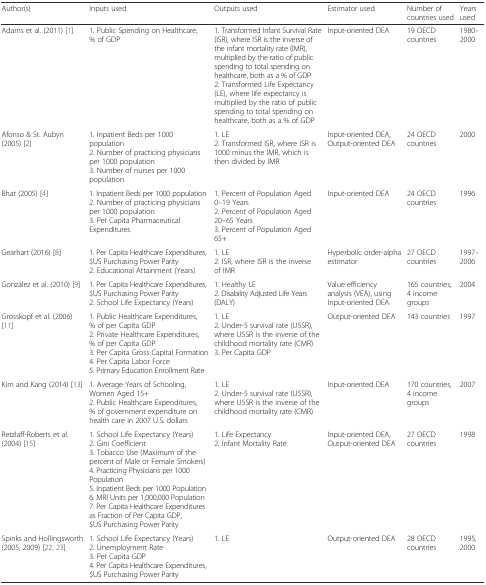
<table><thead><tr><td><b>Author(s)</b></td><td><b>Inputs used</b></td><td><b>Outputs used</b></td><td><b>Estimator used</b></td><td><b>Number of countries used</b></td><td><b>Years used</b></td></tr></thead><tbody><tr><td>Adams et al. (2011) [1]</td><td>1. Public Spending on Healthcare, % of GDP</td><td>1. Transformed Infant Survival Rate (ISR), where ISR is the inverse of the infant mortality rate (IMR), multiplied by the ratio of public spending to total spending on healthcare, both as a % of GDP2. Transformed Life Expectancy (LE), where life expectancy is multiplied by the ratio of public spending to total spending on healthcare, both as a % of GDP</td><td>Input-oriented DEA</td><td>19 OECD countries</td><td>1980–2000</td></tr><tr><td>Afonso &amp; St. Aubyn (2005) [2]</td><td>1. Inpatient Beds per 1000 population2. Number of practicing physicians per 1000 population3. Number of nurses per 1000 population</td><td>1. LE2. Transformed ISR, where ISR is 1000 minus the IMR, which is then divided by IMR</td><td>Input-oriented DEA, Output-oriented DEA</td><td>24 OECD countries</td><td>2000</td></tr><tr><td>Bhat (2005) [4]</td><td>1. Inpatient Beds per 1000 population2. Number of practicing physicians per 1000 population3. Per Capita Pharmaceutical Expenditures</td><td>1. Percent of Population Aged 0–19 Years2. Percent of Population Aged 20–65 Years3. Percent of Population Aged 65+</td><td>Input-oriented DEA</td><td>24 OECD countries</td><td>1996</td></tr><tr><td>Gearhart (2016) [8]</td><td>1. Per Capita Healthcare Expenditures, $US Purchasing Power Parity2. Educational Attainment (Years)</td><td>1. LE2. ISR, where ISR is the inverse of IMR</td><td>Hyperbolic order-alpha estimator</td><td>27 OECD countries</td><td>1997–2006</td></tr><tr><td>González et al. (2010) [9]</td><td>1. Per Capita Healthcare Expenditures, $US Purchasing Power Parity2. School Life Expectancy (Years)</td><td>1. Healthy LE2. Disability Adjusted Life Years (DALY)</td><td>Value efficiency analysis (VEA), using Input-oriented DEA</td><td>165 countries, 4 income groups</td><td>2004</td></tr><tr><td>Grosskopf et al. (2006) [11]</td><td>1. Public Healthcare Expenditures, % of per Capita GDP2. Private Healthcare Expenditures, % of per Capita GDP3. Per Capita Gross Capital Formation4. Per Capita Labor Force5. Primary Education Enrollment Rate</td><td>1. LE2. Under-5 survival rate (U5SR), where U5SR is the inverse of the childhood mortality rate (CMR)3. Per Capita GDP</td><td>Output-oriented DEA</td><td>143 countries</td><td>1997</td></tr><tr><td>Kim and Kang (2014) [13]</td><td>1. Average Years of Schooling, Women Aged 15+2. Public Healthcare Expenditures, % of government expenditure on health care in 2007 U.S. dollars</td><td>1. LE2. Under-5 survival rate (U5SR), where U5SR is the inverse of the childhood mortality rate (CMR)</td><td>Input-oriented DEA</td><td>170 countries, 4 income groups</td><td>2007</td></tr><tr><td>Retzlaff-Roberts et al. (2004) [15]</td><td>1. School Life Expectancy (Years)2. Gini Coefficient3. Tobacco Use (Maximum of the percent of Male or Female Smokers)4. Practicing Physicians per 1000 Population5. Inpatient Beds per 1000 Population6. MRI Units per 1,000,000 Population7. Per Capita Healthcare Expenditures as Fraction of Per Capita GDP, $US Purchasing Power Parity</td><td>1. Life Expectancy2. Infant Mortality Rate</td><td>Input-oriented DEA, Output-oriented DEA</td><td>27 OECD countries</td><td>1998</td></tr><tr><td>Spinks and Hollingsworth (2005, 2009) [22, 23]</td><td>1. School Life Expectancy (Years)2. Unemployment Rate3. Per Capita GDP4. Per Capita Healthcare Expenditures, $US Purchasing Power Parity</td><td>1. LE</td><td>Output-oriented DEA</td><td>28 OECD countries</td><td>1995, 2000</td></tr></tbody></table>